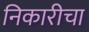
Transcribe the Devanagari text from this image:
निकारीचा